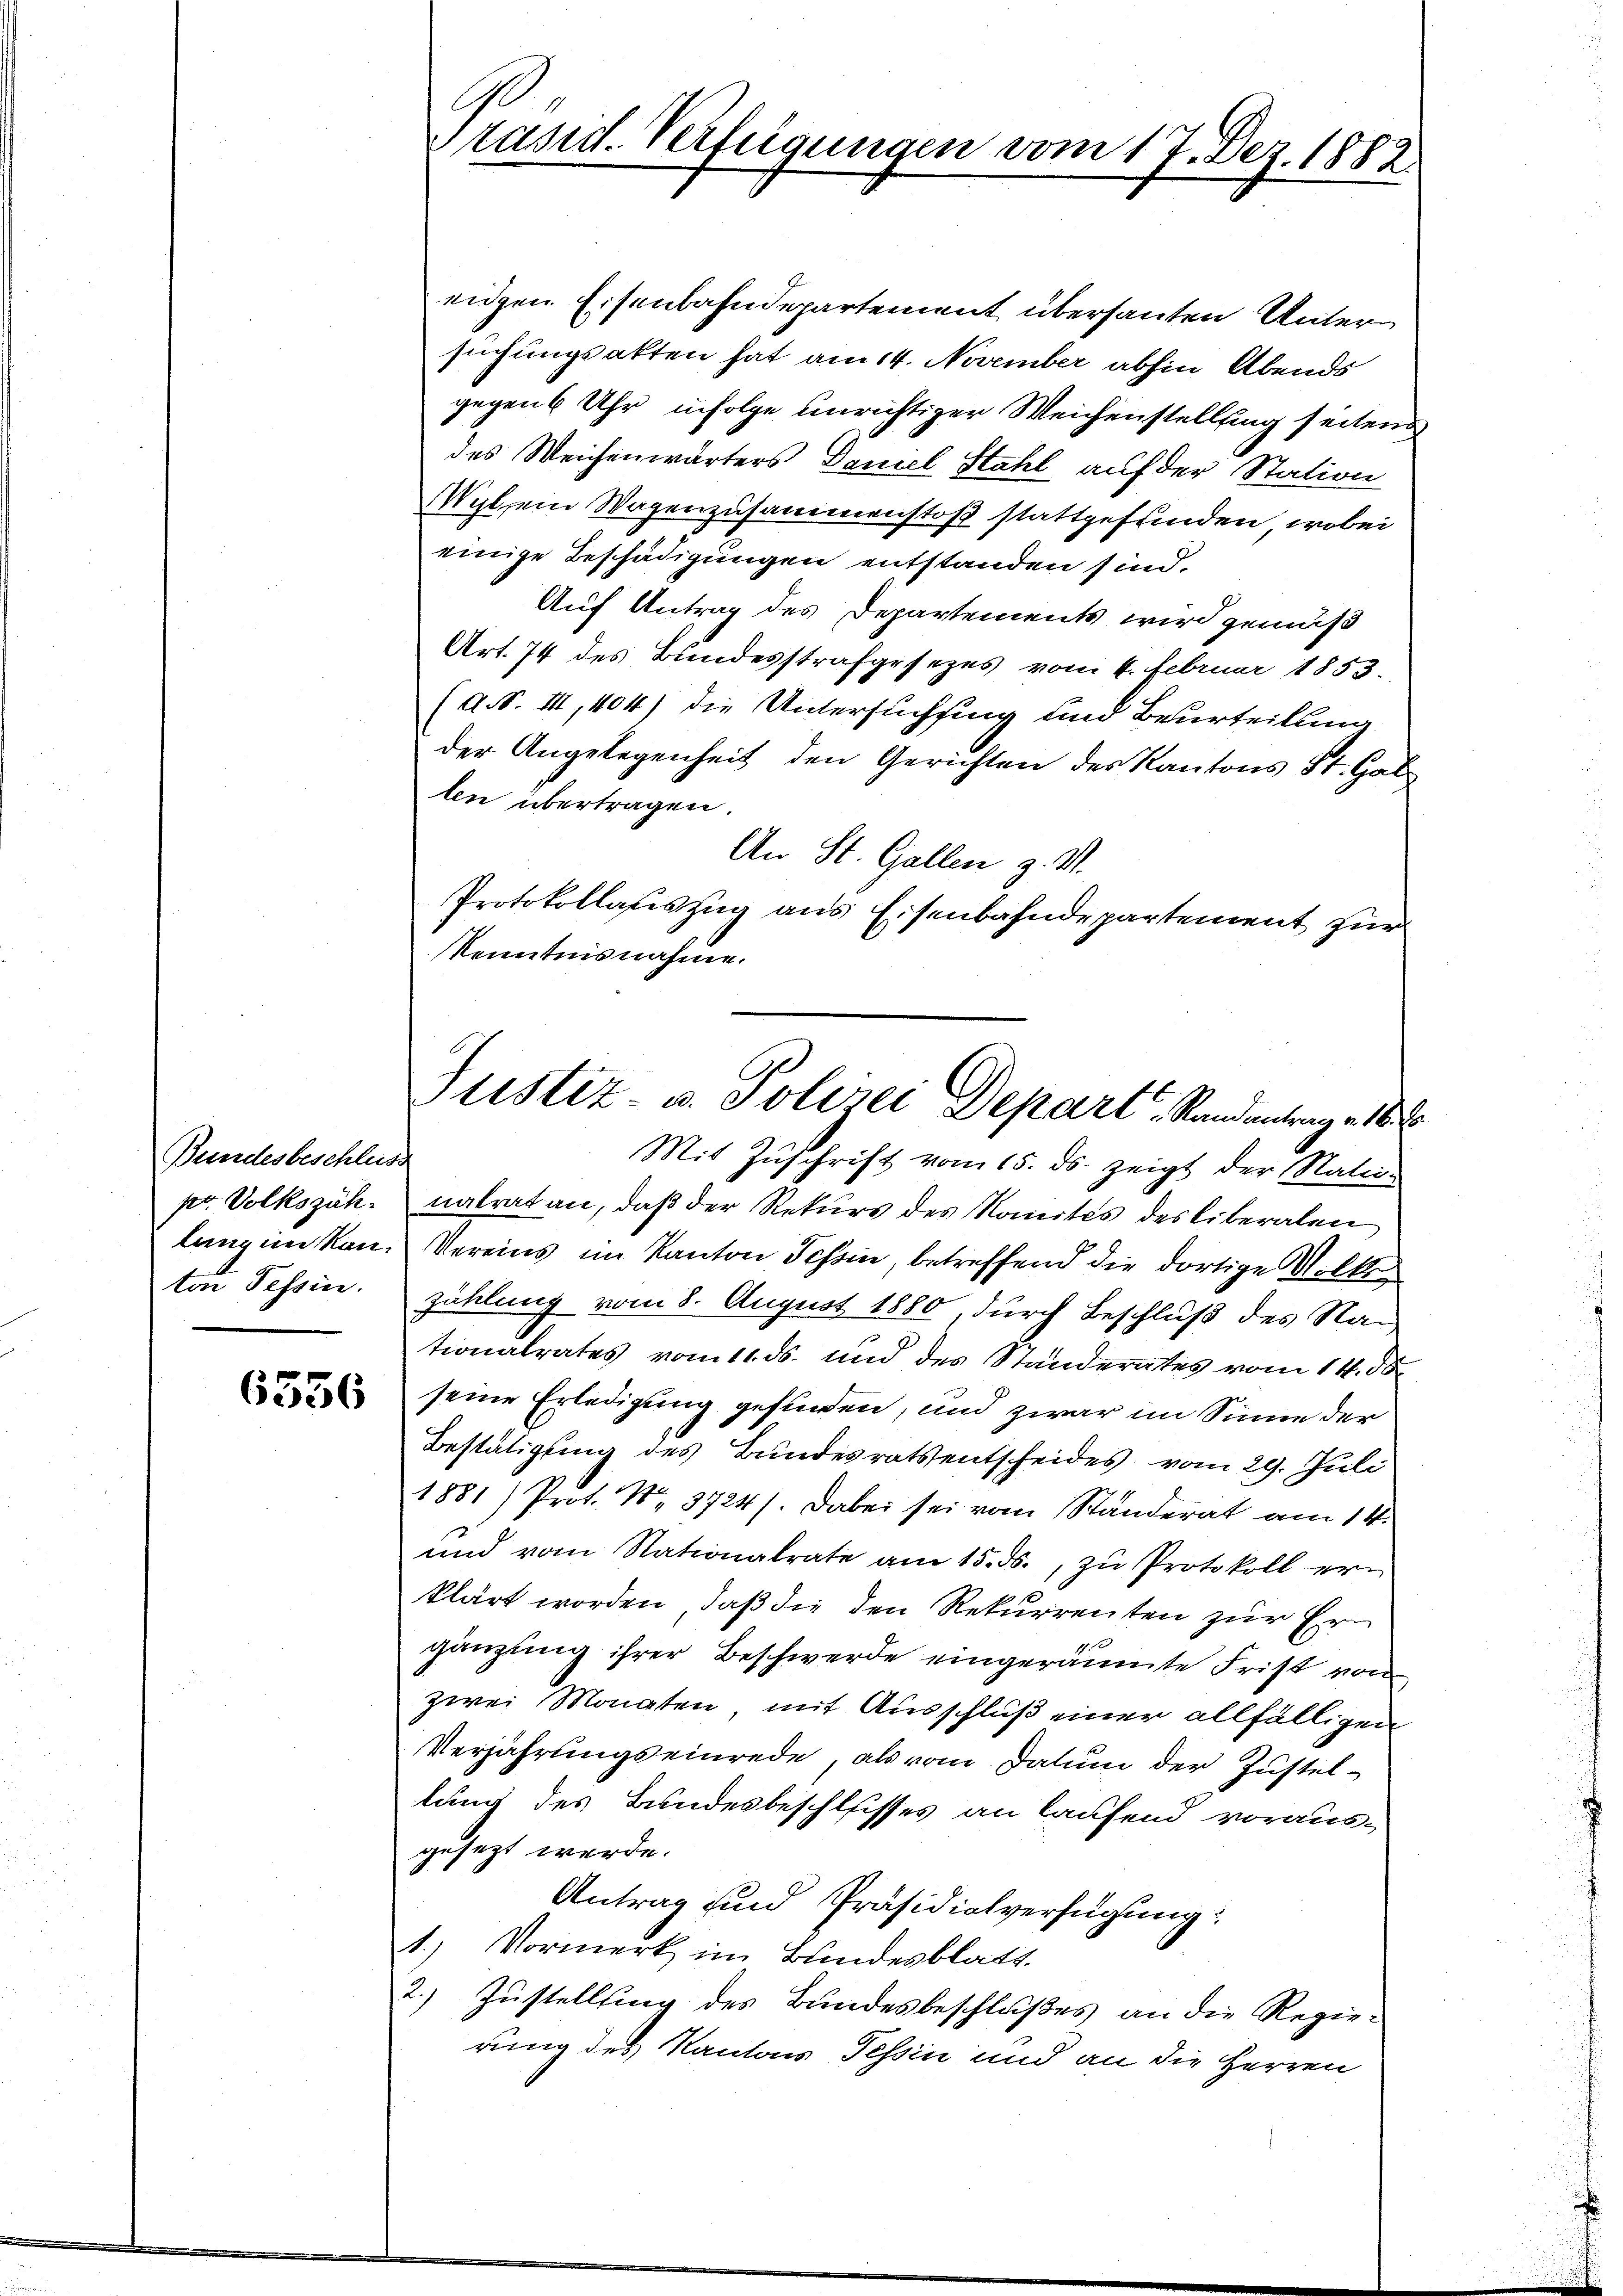
Gundesbeschluss
pr. Volkszähton Tessin.

6556

Präsid. Verfügungen vom 17. Dez. 1882.

eigen Eisenbahndepartement übersanten Untersuchungsakten hat am 14. November abhin Abends
gegen 6 Uhr infolge unrichtiger Weichenstellung seitend
des Weichenwärters Daniel Stahl auf der Station
Wyl, ein Wagenzusammenstoß stattgefunden, wobei
einige Beschädigungen entstanden sind.
Auf Antrag des Departements wird gemäß
Art. 74 des Bundesstrafgesezes vom 4. Februar 1853.
(d. III, 404) die Untersuchsing und Beurteilung
der Angelegenheit den Gerichten des Kantons St. Gallen übertragen.
An St. Gallen z. S.
Protokollasiszug aus Eisenbahndepartement zur
Kenntnisnahme.
Mit Zuschrift vom 15. ds. zeigt der Nation
nalrat an, daß der Rekurs des Monités des liberalen
langen kan. Vereins im Kanton Teßin, betreffend die dortige Volke
zählung vom 8. August 1880 durch Beschluß des Nan
tionalrates vom 11. ds. und des Ständerates vom 14. ds.
seine Erledigung gefinden, und zwar im Sinne der
Bestätigung des Bundesrats entscheides vom 29. Juli
1881) Prot. N. 3724/. dabei sei vom Ständerat am 14.
und vom Stationalrate am 15. ds., zu Protokoll erklärt worden, daß die den Rekurrenten zur Ergänzung ihrer Beschwerde eingeräumte Frist von
zwei Monaten, mit Ausschluß einer allfälligen
Verjährungseinrede, als vom Datum der Justellung des Bundesbeschlisses an laufend voraus-
gesezt werde.
Antrag und Präsidialverfügung:
1.) Vormerk im Bundesblatt.
2.) Zustellung des Bundesbeschlußes an die Regierung des Kantons Tessin und an die Herren

Justiz- u. Polizei Depart. Randantrag . 160.